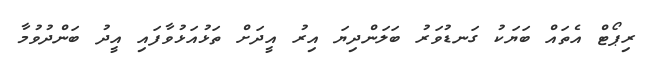
ރިޕޯޓް އެތައް ބަޔަކު ގަނޑުވަރު ބަލަންދިޔަ އިރު އީދަށް ތަޅުއަޅުވާފައި އީދު ބަންދުވުމާ